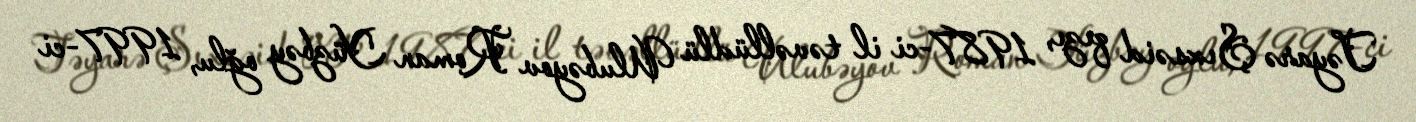
Təyarə Şıxsəid qızı, 1987-ci il təvəllüdlü Ulubəyov Roman Yüzbəy oğlu, 1997-ci